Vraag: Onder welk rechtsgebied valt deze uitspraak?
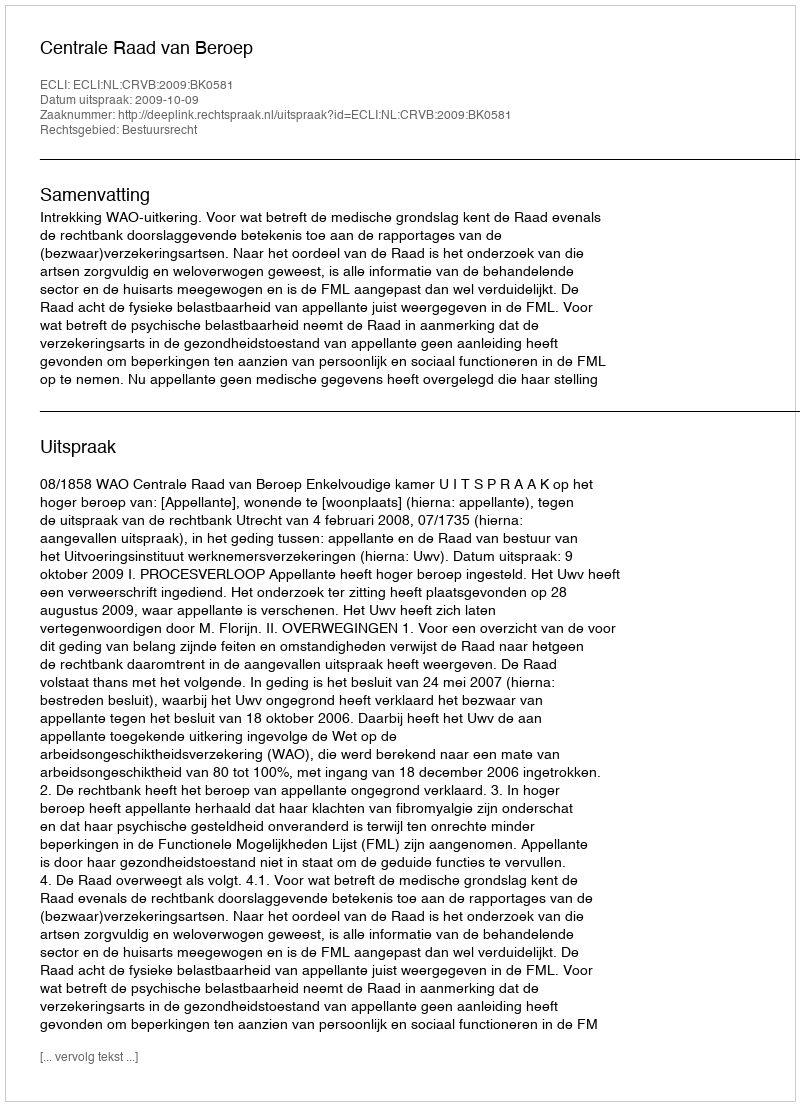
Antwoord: Bestuursrecht